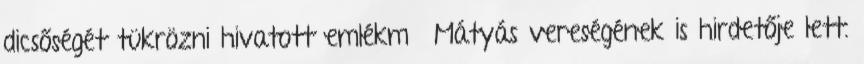
dicsőségét tükrözni hivatott emlékmű Mátyás vereségének is hirdetője lett.